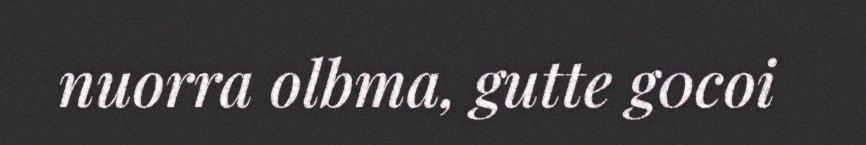
nuorra olbma, gutte g0coi